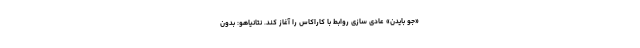
«جو بایدن» عادی سازی روابط با کاراکاس را آغاز کند. نتانیاهو: بدون